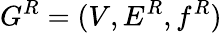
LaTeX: G^{R}=(V,E^{R},f^{R})